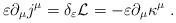
\begin{align*}\varepsilon \partial_{\mu} j^{\mu} = \delta_{\varepsilon}{\cal{L}} = -\varepsilon \partial_{\mu} \kappa^{\mu}~. \end{align*}